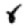
Digit: 8